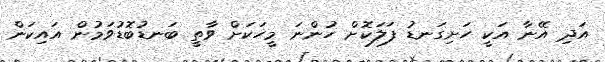
އަދި އޭނާ އަކީ ހަށިގަނޑު ފަލަކޮށް ހުންނަ މީހަކަށް ވާތީ ބަނޑުބޮޑުވަމުން އައިކަން